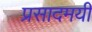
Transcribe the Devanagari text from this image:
प्रसादमयी